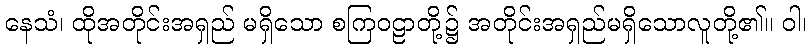
နေသံ၊ ထိုအတိုင်းအရှည် မရှိသော စကြဝဠာတို့၌ အတိုင်းအရှည်မရှိသောလူတို့၏။ ဝါ၊